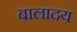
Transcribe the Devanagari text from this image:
बालादय